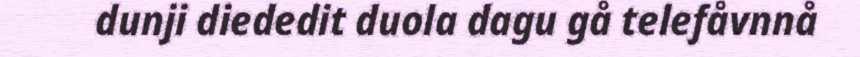
dunji diededit duola dagu gå telefåvnnå